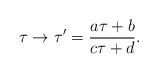
LaTeX: \begin{align*}\tau \to \tau' = \frac {a \tau + b} {c \tau + d}.\end{align*}